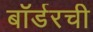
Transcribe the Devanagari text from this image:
बॉर्डरची